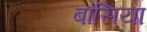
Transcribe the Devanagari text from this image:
बांसिया